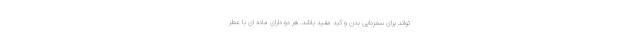
تواند برای سمزدایی بدن و کبد مفید باشد. هر دو دارای ماده ای با عطر